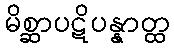
မိစ္ဆာပဋိပန္နာတ္ထ